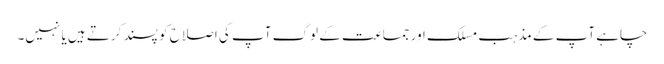
چاہے آپ کے مذہب مسلک اور جماعت کے لوگ آپ کی اصلاح کو پسند کرتے ہیں یا نہیں۔